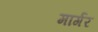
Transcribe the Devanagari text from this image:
मार्गर